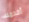
أقدمك